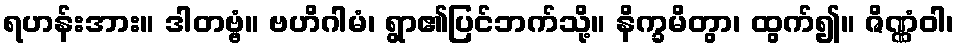
ရဟန်းအား။ ဒါတဗ္ဗံ။ ဗဟိဂါမံ၊ ရွာ၏ပြင်ဘက်သို့။ နိက္ခမိတွာ၊ ထွက်၍။ ဇိဏ္ဏံဝါ၊